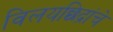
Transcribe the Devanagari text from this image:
विलयछिद्रांचे